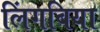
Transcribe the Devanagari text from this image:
लिंगबिया